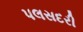
પલસદરી